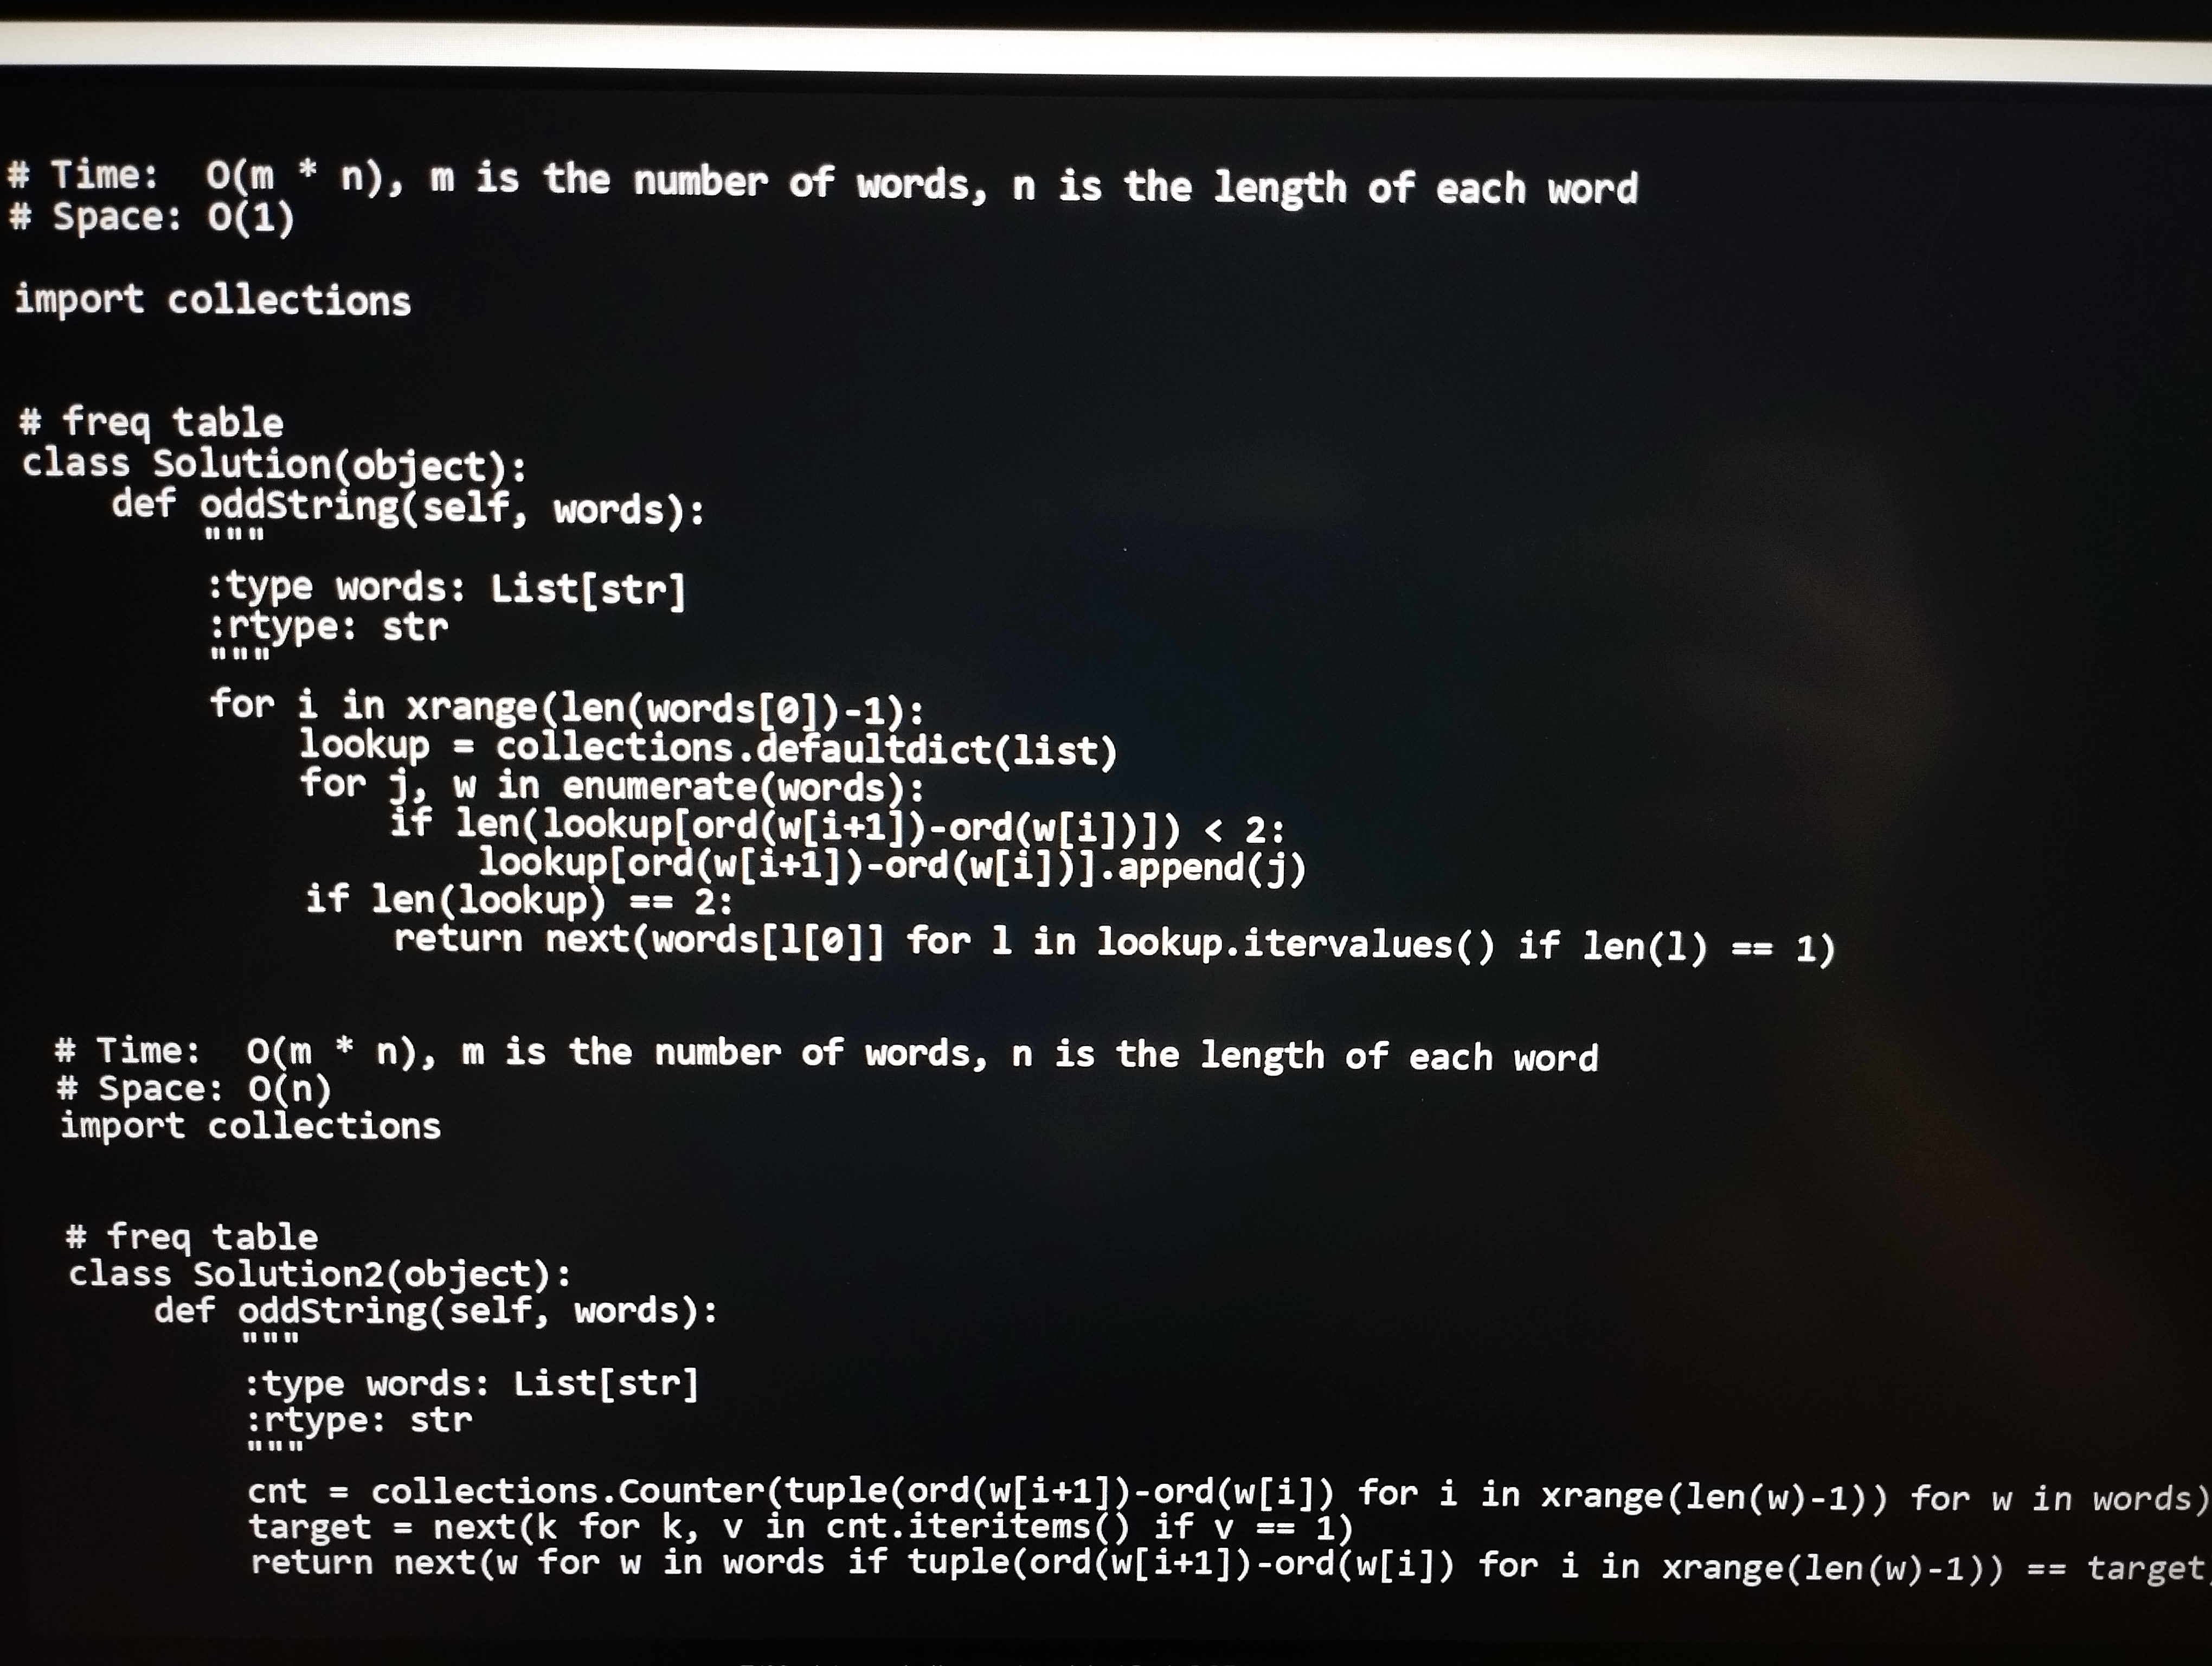
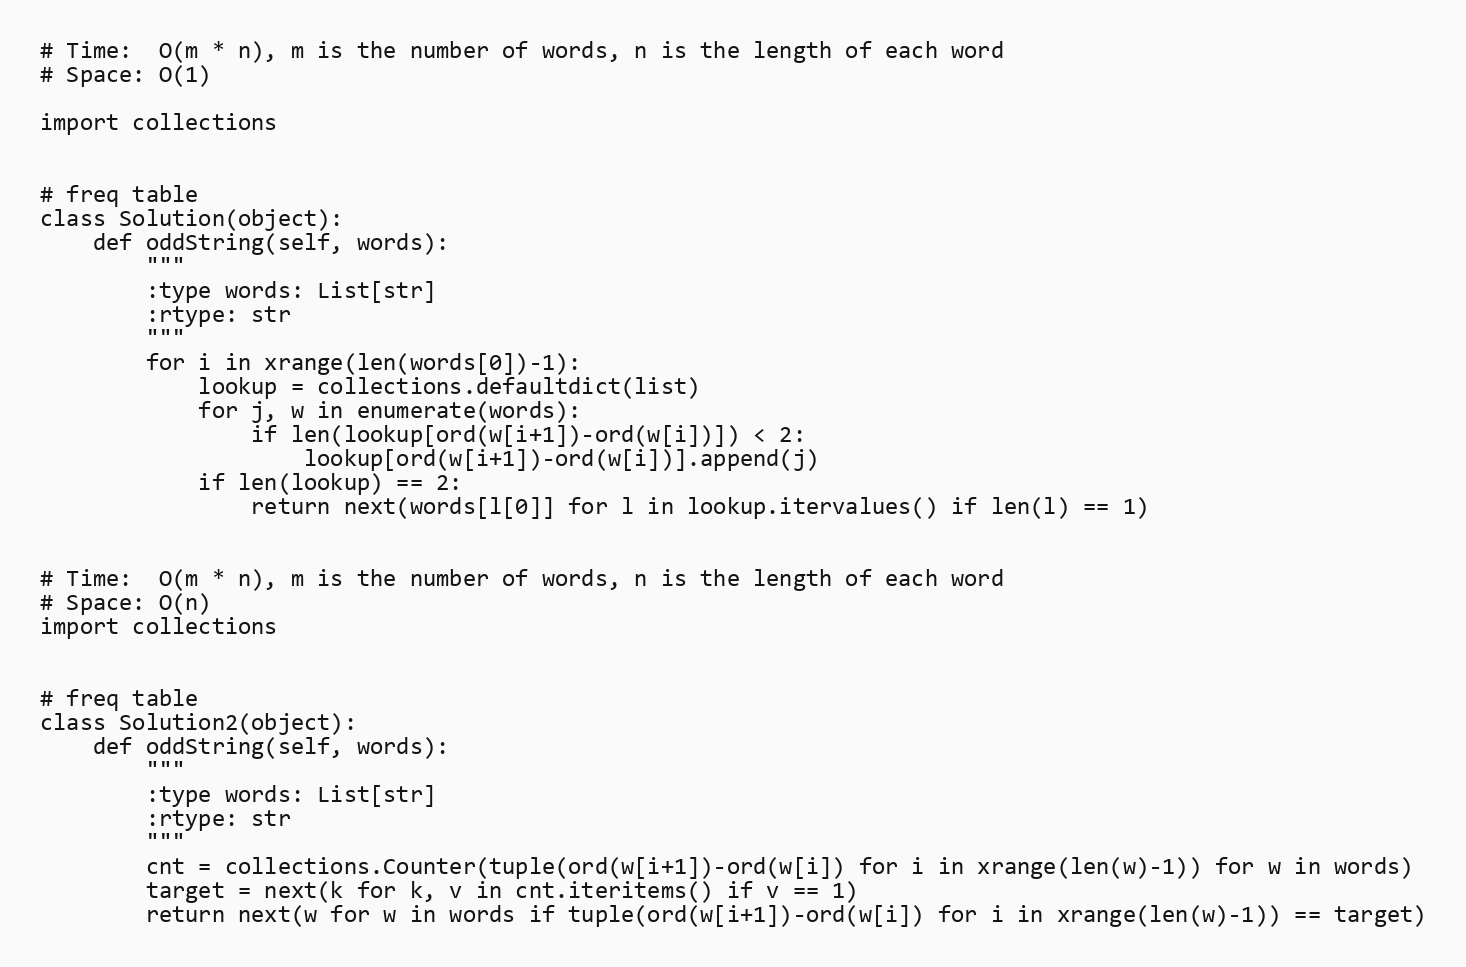
# Time:  O(m * n), m is the number of words, n is the length of each word
# Space: O(1)

import collections

# freq table
class Solution(object):
    def oddString(self, words):
        """
        :type words: List[str]
        :rtype: str
        """
        for i in xrange(len(words[0])-1):
            lookup = collections.defaultdict(list)
            for j, w in enumerate(words):
                if len(lookup[ord(w[i+1])-ord(w[i])]) < 2:
                    lookup[ord(w[i+1])-ord(w[i])].append(j)
            if len(lookup) == 2:
                return next(words[l[0]] for l in lookup.itervalues() if len(l) == 1)

# Time:  O(m * n), m is the number of words, n is the length of each word
# Space: O(n)
import collections

# freq table
class Solution2(object):
    def oddString(self, words):
        """
        :type words: List[str]
        :rtype: str
        """
        cnt = collections.Counter(tuple(ord(w[i+1])-ord(w[i]) for i in xrange(len(w)-1)) for w in words)
        target = next(k for k, v in cnt.iteritems() if v == 1)
        return next(w for w in words if tuple(ord(w[i+1])-ord(w[i]) for i in xrange(len(w)-1)) == target)